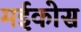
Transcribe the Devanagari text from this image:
मईकोस